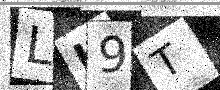
Text: LH9T